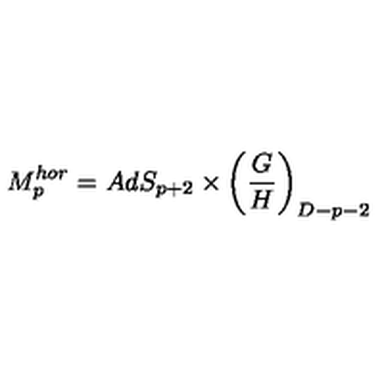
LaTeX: M _ { p } ^ { h o r } = A d S _ { p + 2 } \times \left( \frac { G } { H } \right) _ { D - p - 2 }